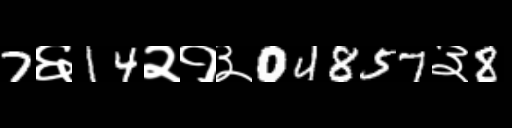
Text: 7६14२१३04857३8